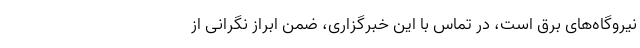
نیروگاه‌های برق است، در تماس با این خبرگزاری،‌ ضمن ابراز نگرانی از